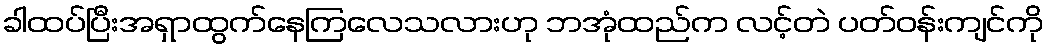
ခါထပ်ပြီးအရှာထွက်နေကြလေသလားဟု ဘအုံထည်က လင့်တဲ ပတ်ဝန်းကျင်ကို